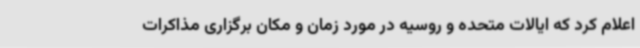
اعلام کرد که ایالات متحده و روسیه در مورد زمان و مکان برگزاری مذاکرات